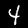
Label: 4